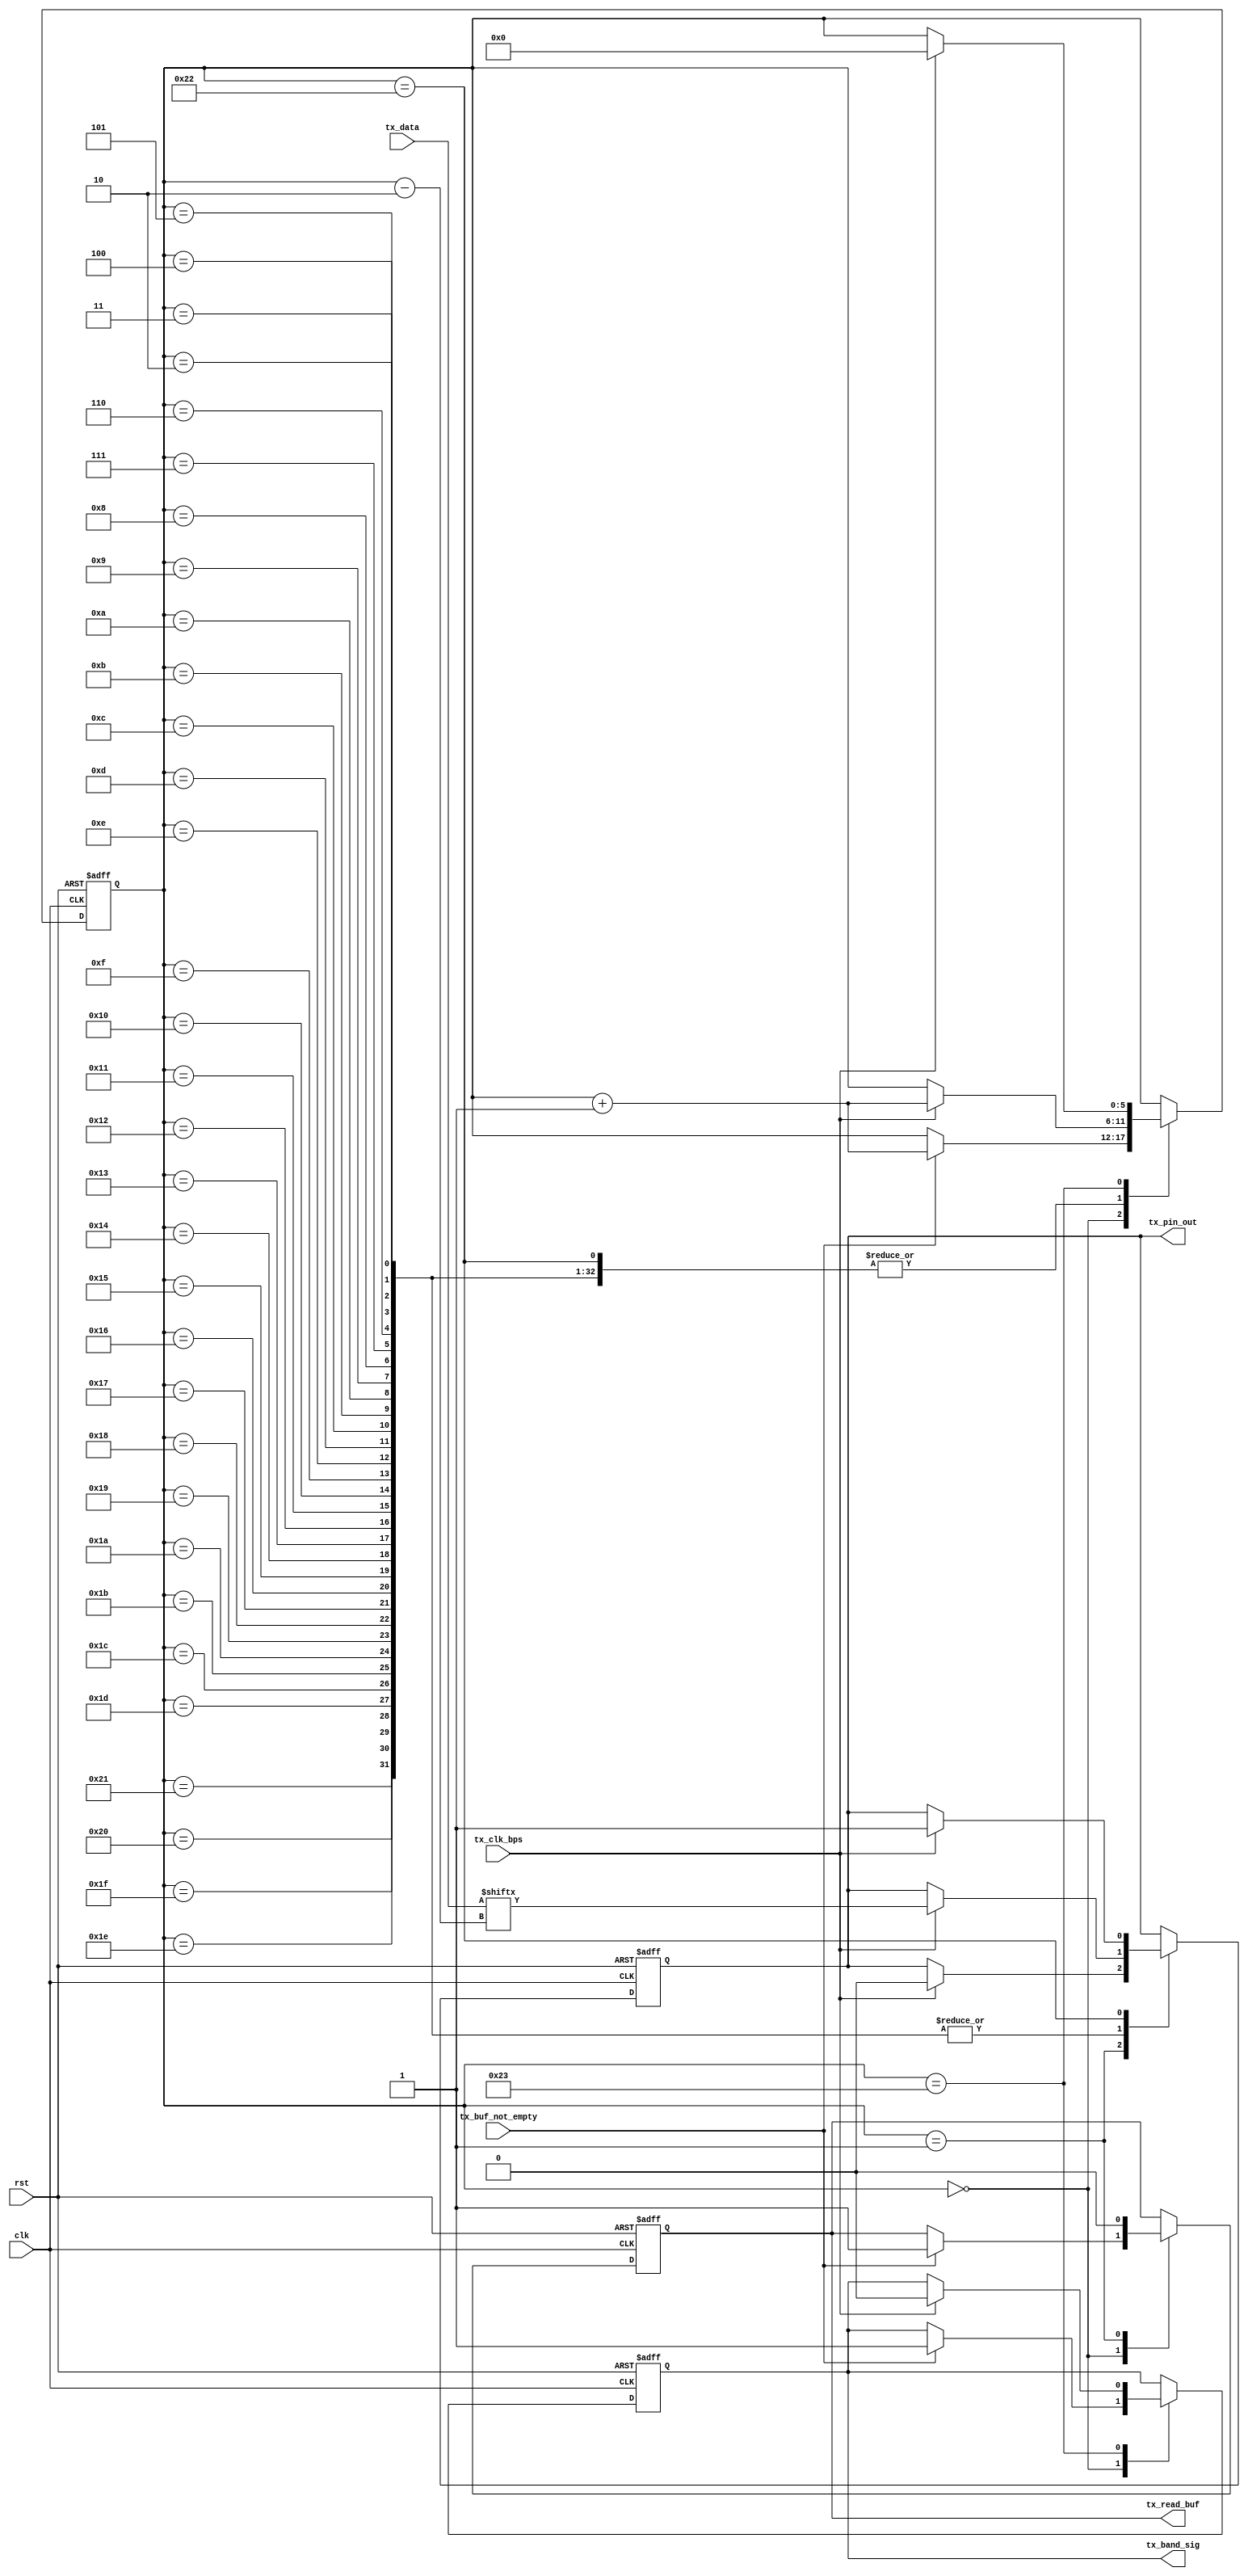
`timescale 1ns / 1ps
module tx_ctrl(
    input clk,
    input rst,
    input tx_clk_bps,
    output reg tx_band_sig,
    output reg tx_pin_out,
    input [31:0]tx_data,
    input tx_buf_not_empty,
    output reg tx_read_buf
    );
    // 1 32 1
    localparam [5:0] IDLE = 6'd0, BEGIN = 6'd1, DATA0 = 6'd2,
                     DATA1 = 6'd3, DATA2 = 6'd4, DATA3 = 6'd5, 
                     DATA4 = 6'd6, DATA5 = 6'd7, DATA6 = 6'd8, 
                     DATA7 = 6'd9, DATA8 = 6'd10, DATA9 = 6'd11, 
                     DATA10 = 6'd12, DATA11 = 6'd13, DATA12 = 6'd14, 
                     DATA13 = 6'd15, DATA14 = 6'd16, DATA15 = 6'd17, 
                     DATA16 = 6'd18, DATA17 = 6'd19, DATA18 = 6'd20, 
                     DATA19 = 6'd21, DATA20 = 6'd22, DATA21 = 6'd23, 
                     DATA22 = 6'd24, DATA23 = 6'd25, DATA24 = 6'd26, 
                     DATA25 = 6'd27, DATA26 = 6'd28, DATA27 = 6'd29, 
                     DATA28 = 6'd30, DATA29 = 6'd31, DATA30 = 6'd32, 
                     DATA31 = 6'd33, END = 6'd34, BFREE = 6'd35; 
                     
    reg [5:0]pos;
    always @( posedge clk or posedge rst )
        if( rst )
        begin
            tx_band_sig <= 1'b0;
            tx_pin_out <= 1'b1;
            tx_read_buf <= 1'b0;
            pos <= IDLE;
        end
        else
            case( pos )
                IDLE:
                    if( tx_buf_not_empty )
                    begin
                        tx_read_buf <= 1'b1;
                        tx_band_sig <= 1'b1;
                        pos <= pos + 1'b1;
                    end
                BEGIN:
                begin
                    tx_read_buf <= 1'b0;
                    if( tx_clk_bps )
                    begin
                        tx_pin_out <= 1'b0;
                        pos <= pos + 1'b1;
                    end
                end
                DATA0, DATA1, DATA2, DATA3, DATA4, DATA5, DATA6, DATA7,
                DATA8, DATA9, DATA10, DATA11, DATA12, DATA13, DATA14, DATA15,
                DATA16, DATA17, DATA18, DATA19, DATA20, DATA21, DATA22, DATA23,
                DATA24, DATA25, DATA26, DATA27, DATA28, DATA29, DATA30, DATA31:
                    if( tx_clk_bps )
                    begin
                        tx_pin_out <= tx_data[ pos - DATA0 ];
                        pos <= pos + 1'b1;
                    end
                END:
                    if( tx_clk_bps )
                    begin
                        tx_pin_out <= 1'b1;
                        pos <= pos + 1'b1;
                    end
                BFREE:
                    if( tx_clk_bps )
                    begin
                        pos <= IDLE;
                        tx_band_sig <= 1'b0;
                    end
            endcase
    
endmodule